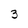
Character: 3